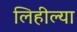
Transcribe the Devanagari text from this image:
लिहील्या